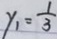
y _ { 1 } = \frac { 1 } { 3 }